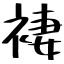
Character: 褄